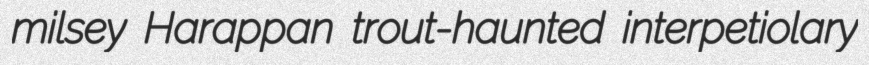
milsey Harappan trout-haunted interpetiolary